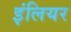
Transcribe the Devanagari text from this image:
इंलियर